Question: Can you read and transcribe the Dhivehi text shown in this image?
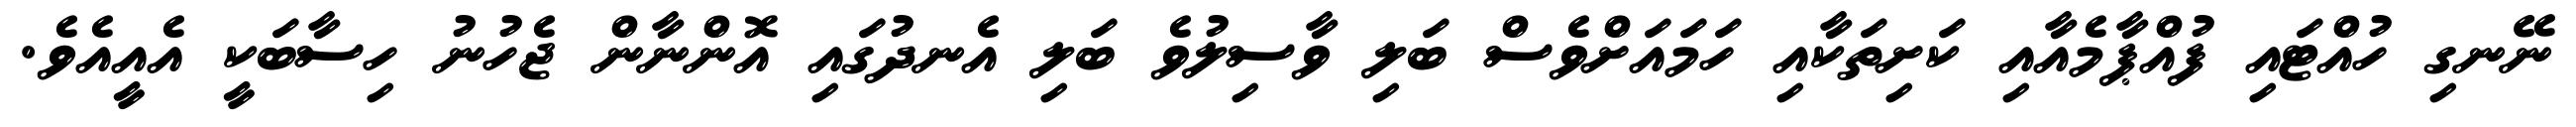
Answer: ނޭނގި ހުއްޓައި ފުއްޕާމެއާއި ކަށިތަކާއި ހަމައަށްވެސް ބަލި ވާސިލުވެ ބަލި އެނދުގައި އޮންނާން ޖެހުނު ހިސާބަކީ އެއީއެވެ.